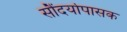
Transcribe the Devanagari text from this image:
सौंदर्योपासक